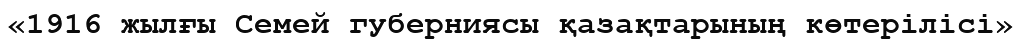
«1916 жылғы Семей губерниясы қазақтарының көтерілісі»